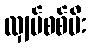
လျှပ်စစ်မီး